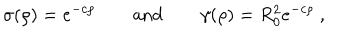
LaTeX: \sigma ( \rho ) = e ^ { - c \rho } \quad \quad \mathrm { a n d } \quad \quad \gamma ( \rho ) = R _ { 0 } ^ { 2 } e ^ { - c \rho } ~ ,